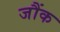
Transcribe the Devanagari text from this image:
जौंक